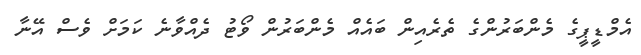
އެމްޑީޕީގެ މެންބަރުންގެ ތެރެއިން ބައެއް މެންބަރުން ވޯޓު ދެއްވާނެ ކަމަށް ވެސް އޭނާ